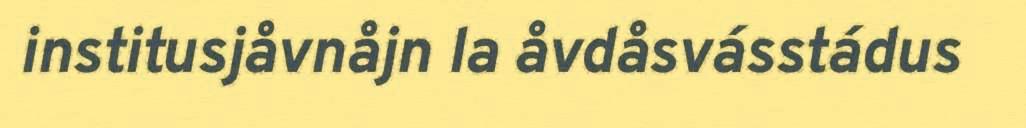
institusjåvnåjn la åvdåsvásstádus